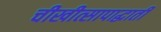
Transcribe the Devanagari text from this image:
चीखीत्सापाद्धाती